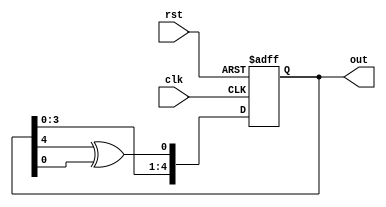

  module lfsr(input clk, rst, output reg [4:0]out);
		
	always @ (posedge clk, posedge rst)
		if(rst) begin
			out <= 5'b00001; // Seed value
			end
		else begin
			out <= {out[4:0], out[4] ^ out[0]};
			end
		
endmodule